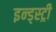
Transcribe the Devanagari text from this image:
इन्ड्स्ट्री